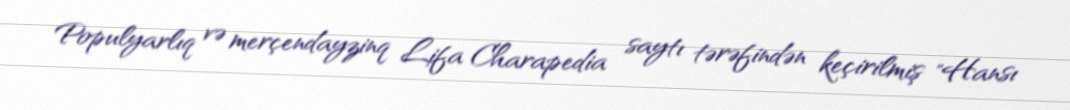
Populyarlıq və merçendayzinq Lifa Charapedia saytı tərəfindən keçirilmiş "Hansı